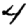
Digit: 4